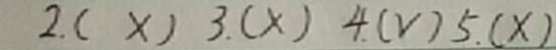
2 . ( X ) 3 . ( X ) 4 . ( V ) 5 ( X )